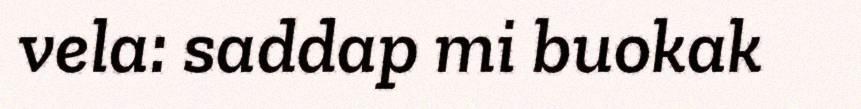
vela: saddap mi buokak